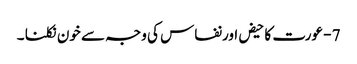
7 - عورت کا حیض اورنفاس کی وجہ سے خون نکلنا ۔